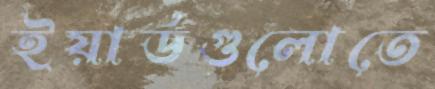
ইয়ার্ডগুলোতে